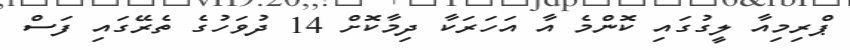
ޕްރިމިއާ ލީގުގައި ކޮންމެ އާ އަހަރަކާ ދިމާކޮށް 14 ދުވަހުގެ ތެރޭގައި ފަސް